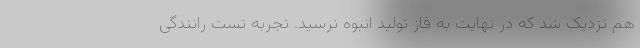
هم نزدیک شد که در نهایت به فاز تولید انبوه نرسید. تجربه تست رانندگی